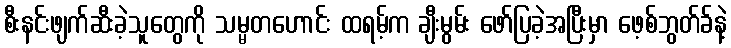
စီးနင်းဖျက်ဆီးခဲ့သူတွေကို သမ္မတဟောင်း ထရမ့်က ချီးမွမ်း ဖော်ပြခဲ့အပြီးမှာ ဖေ့စ်ဘွတ်ခ်နဲ့